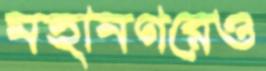
মহানগরেও